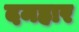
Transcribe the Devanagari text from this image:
दमहार